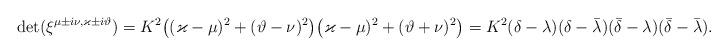
LaTeX: \begin{align*}\det(\xi^{\mu\pm i\nu,\varkappa\pm i\vartheta})= K^2\big((\varkappa-\mu)^2+(\vartheta-\nu)^2\big)\big(\varkappa-\mu)^2+(\vartheta+\nu)^2\big)=K^2(\delta-\lambda)(\delta-\bar\lambda)(\bar\delta-\lambda)(\bar\delta-\bar\lambda).\end{align*}